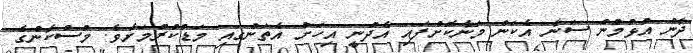
ދާން އުޅުމުން ސަނާ އެކަން މަނާކޮށްފައި އެދުނީ އިހަށް އެތަނުގައި މަޑުކުރުމަށެވެ. މުސްކާންގެ